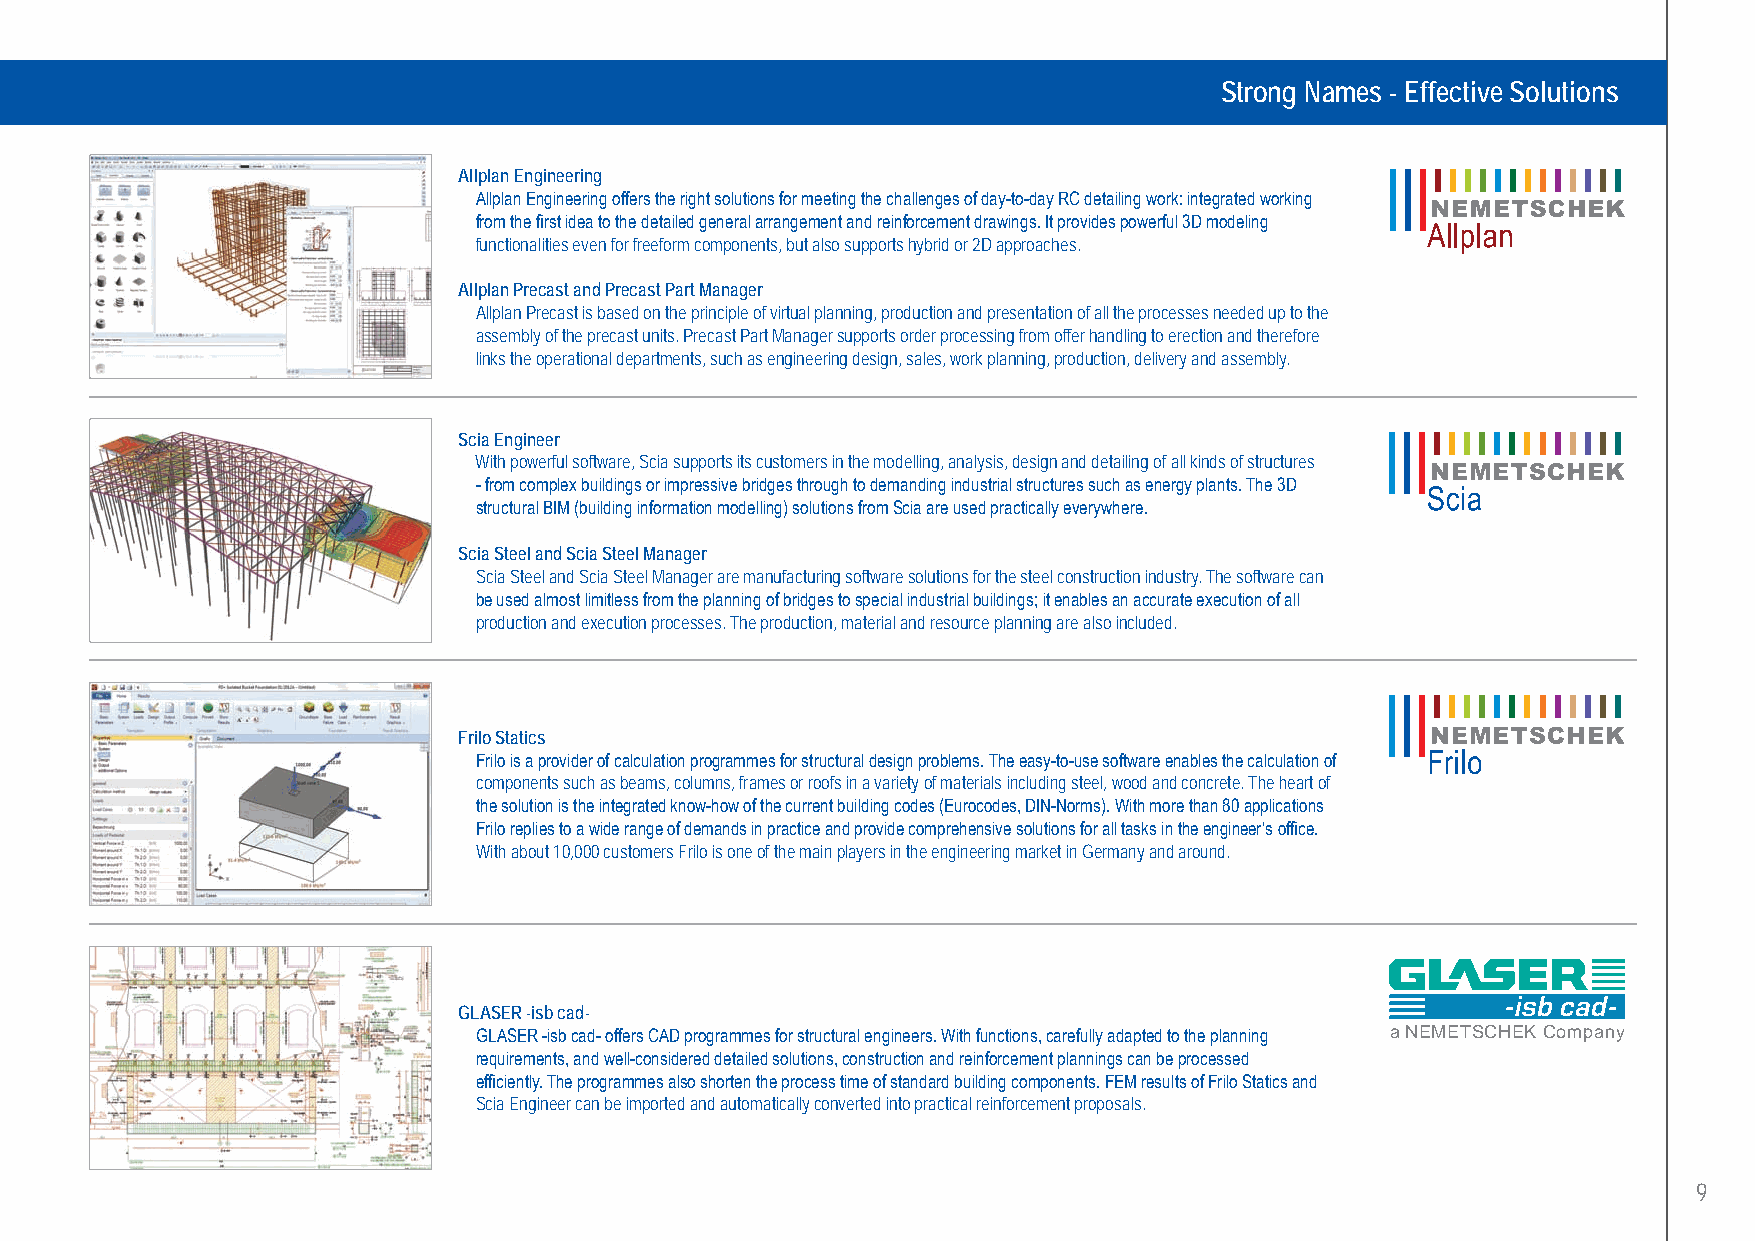
Strong Names - Effective Solutions
 Allplan Engineering
 Allplan Engineering offers the right solutions for meeting the challenges of day-to-day RC detailing work: integrated working
 from the first idea to the detailed general arrangement and reinforcement drawings. It provides powerful 3D modeling
 functionalities even for freeform components, but also supports hybrid or 2D approaches.
 Allplan Precast and Precast Part Manager
 Allplan Precast is based on the principle of virtual planning, production and presentation of all the processes needed up to the
 assembly of the precast units. Precast Part Manager supports order processing from offer handling to erection and therefore
 links the operational departments, such as engineering design, sales, work planning, production, delivery and assembly.
 Scia Engineer
 With powerful software, Scia supports its customers in the modelling, analysis, design and detailing of all kinds of structures
 - from complex buildings or impressive bridges through to demanding industrial structures such as energy plants. The 3D
 structural BIM (building information modelling) solutions from Scia are used practically everywhere.
 Scia Steel and Scia Steel Manager
 Scia Steel and Scia Steel Manager are manufacturing software solutions for the steel construction industry. The software can
 be used almost limitless from the planning of bridges to special industrial buildings; it enables an accurate execution of all
 production and execution processes. The production, material and resource planning are also included.
 Frilo Statics
 Frilo is a provider of calculation programmes for structural design problems. The easy-to-use software enables the calculation of
 components such as beams, columns, frames or roofs in a variety of materials including steel, wood and concrete. The heart of
 the solution is the integrated know-how of the current building codes (Eurocodes, DIN-Norms). With more than 80 applications
 Frilo replies to a wide range of demands in practice and provide comprehensive solutions for all tasks in the engineer’s office.
 With about 10,000 customers Frilo is one of the main players in the engineering market in Germany and around.
 GLASER -isb cad-
 GLASER -isb cad- offers CAD programmes for structural engineers. With functions, carefully adapted to the planning a NEMETSCHEK Company
 requirements, and well-considered detailed solutions, construction and reinforcement plannings can be processed
 efficiently. The programmes also shorten the process time of standard building components. FEM results of Frilo Statics and
 Scia Engineer can be imported and automatically converted into practical reinforcement proposals.
 9
 UC-2013-Book-V8.indd 9                                                                                    7/11/2013 12:19:34 PM